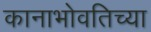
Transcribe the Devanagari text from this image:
कानाभोवतिच्या